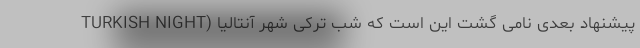
پیشنهاد بعدی نامی گشت این است که شب ترکی شهر آنتالیا (TURKISH NIGHT